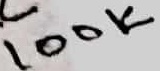
Text: 100K